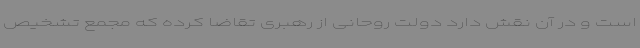
است و در آن نقش دارد دولت روحانی از رهبری تقاضا کرده که مجمع تشخیص